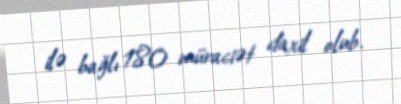
ilə bağlı 180 müraciət daxil olub.